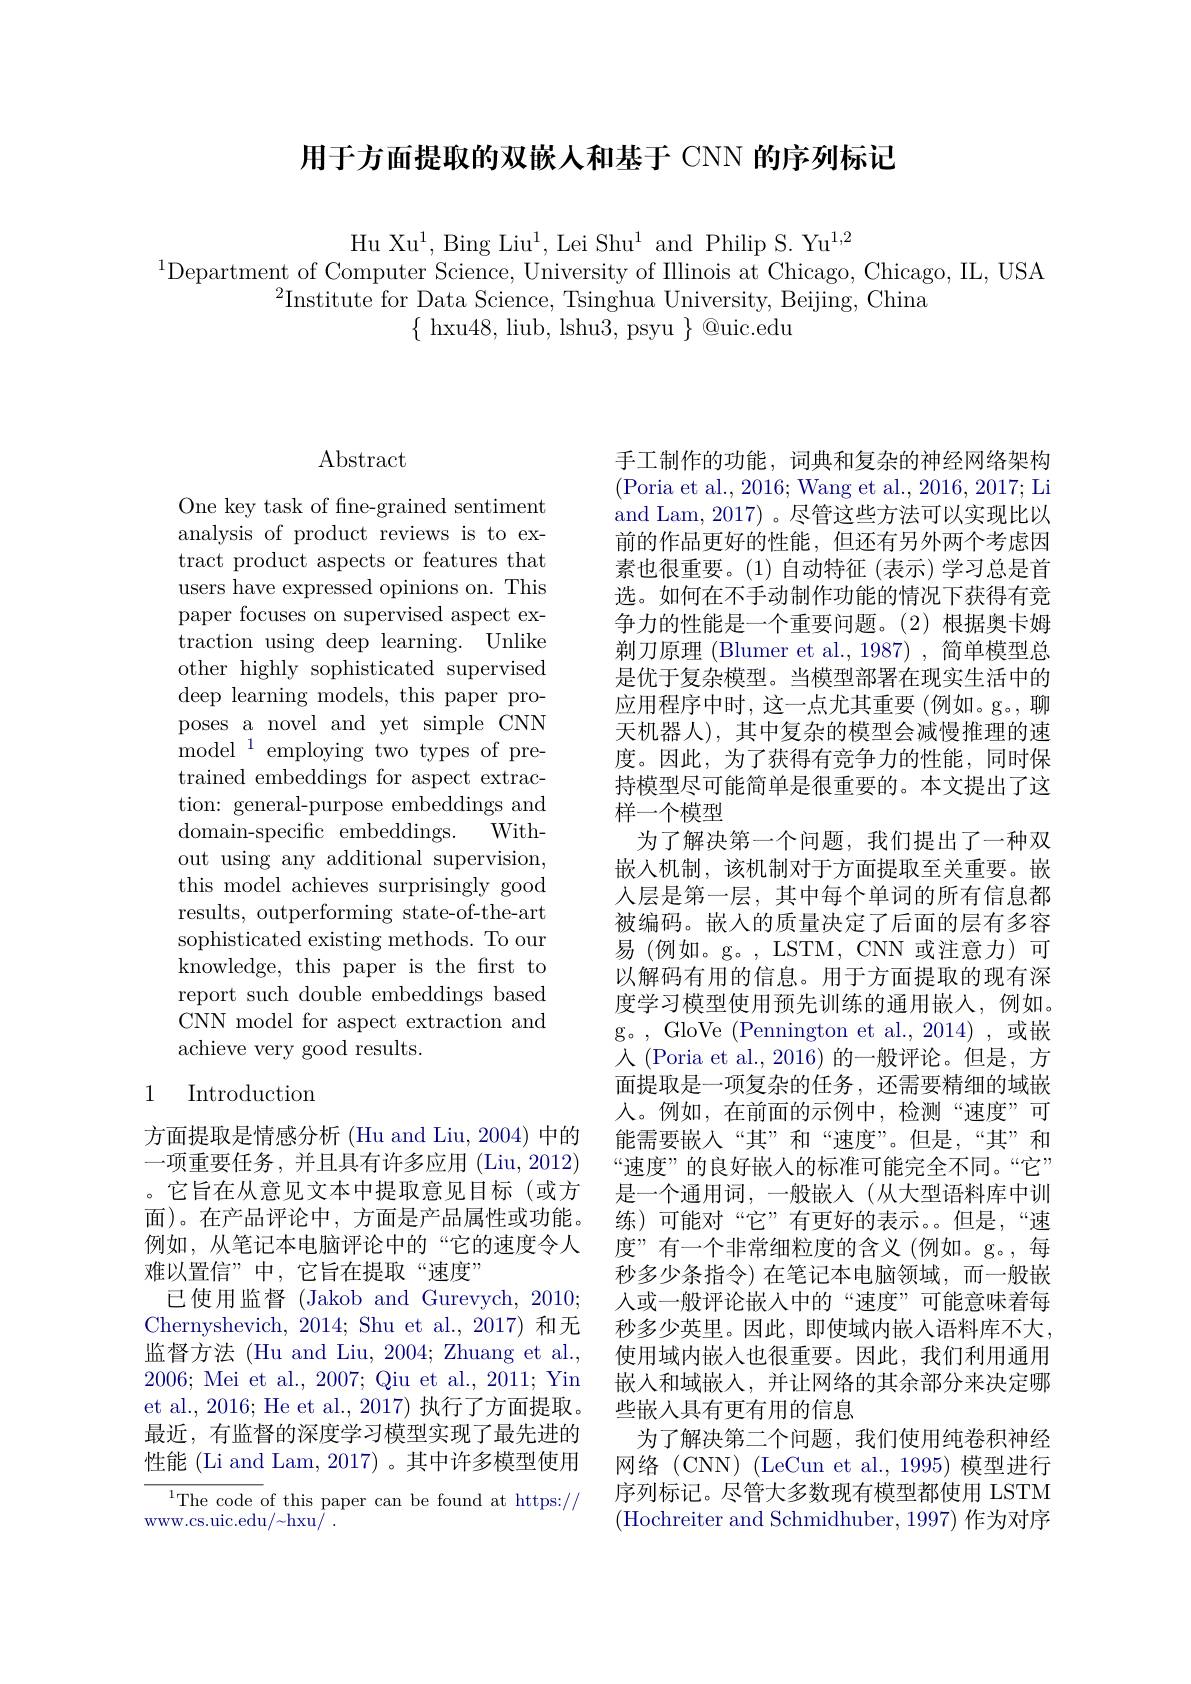
用于方面提取的双嵌人和基于 CNN 的序列标记

Hu Xu$^1$,Bing Liu$^1$, Lei Shu$^1$ and Philip S. Yu$^1,2$
$^{1}$Department of Computer Science, University of Illinois at Chicago, Chicago, IL, USA
$^{2}$Institute for Data Science, Tsinghua University, Beijing, China
$\{$ hxu48, liub, lshu$\bar{3}$, psyu $\}$ @uic.edu

# Abstract

One key task of fine-grained sentiment analysis of product reviews is to extract product aspects or features that users have expressed opinions on. This paper focuses on supervised aspect extraction using deep learning. Unlike other highly sophisticated supervised deep learning models, this paper proposes a novel and yet simple CNN ${\mathrm{model~}^{1}}{\mathrm{~employing~two~types~of~pre-}}$ trained embeddings for aspect extraction: general-purpose embeddings and domain-specific embeddings.
With-
out using any additional supervision, this model achieves surprisingly good results, outperforming state-of-the-art sophisticated existing methods. To our knowledge, this paper is the frst to report such double embeddings based CNN model for aspect extraction and achieve very good results.

### 1 Introduction

方面提取是情感分析 (Hu and Liu, 2004) 中的一项重要任务，并且具有许多应用(Liu,2012) 。它旨在从意见文本中提取意见目标(或方面)。在产品评论中，方面是产品属性或功能。例如，从笔记本电脑评论中的“它的速度令人难以置信”中，它旨在提取“速度”
已使用监督 (Jakob and Gurevych, 2010; Chernyshevich, 2014; Shu et al.,2017) 和无监督方法 (Hu and Liu, 2004; Zhuang et al., 2006; Mei et al., 2007; Qiu et al., 2011; Yin et al., 2016; He et al., 2017) 执行了方面提取。最近，有监督的深度学习模型实现了最先进的性能 (Li and Lam, 2017) 。其中许多模型使用${}^{1}$The code of this paper can be found at https:// WWW. cs. uic. edu/ ${\sim }$hxu/

手工制作的功能，词典和复杂的神经网络架构(Poria et al., 2016; Wang et al., 2016, 2017; Li and Lam, 2017)。尽管这些方法可以实现比以前的作品更好的性能，但还有另外两个考虑因素也很重要。(1)自动特征 (表示)学习总是首选。如何在不手动制作功能的情况下获得有竞争力的性能是一个重要问题。(2)根据奥卡姆剃刀原理 (Blumer et al., 1987) , 简单模型总是优于复杂模型。当模型部署在现实生活中的应用程序中时，这一点尤其重要(例如。g。,聊天机器人),其中复杂的模型会减慢推理的速度。因此，为了获得有竞争力的性能，同时保持模型尽可能简单是很重要的。本文提出了这样一个模型
为了解决第一个问题，我们提出了一种双嵌入机制，该机制对于方面提取至关重要。嵌人层是第一层，其中每个单词的所有信息都被编码。嵌人的质量决定了后面的层有多容易(例如。g。,LSTM,CNN或注意力)可以解码有用的信息。用于方面提取的现有深度学习模型使用预先训练的通用嵌入，例如。g。, GloVe (Pennington et al.,2014),或嵌人 (Poria et al., 2016) 的一般评论。但是，方面提取是一项复杂的任务，还需要精细的域嵌人。例如，在前面的示例中，检测“速度”可能需要嵌入“其”和“速度”。但是，“其”和“速度””的良好嵌人的标准可能完全不同。“它” 是一个通用词，一般嵌人(从大型语料库中训练)可能对“它”有更好的表示。但是，“速度”有一个非常细粒度的含义(例如。g。,每秒多少条指令)在笔记本电脑领域，而一般嵌人或一般评论嵌入中的“速度”可能意味着每秒多少英里。因此，即使域内嵌入语料库不大使用域内嵌人也很重要。因此，我们利用通用嵌入和域嵌人，并让网络的其余部分来决定哪些嵌入具有更有用的信息
为了解决第二个问题，我们使用纯卷积神经网络(CNN) (LeCun et al., 1995) 模型进行序列标记。尽管大多数现有模型都使用 LSTM (Hochreiter and Schmidhuber, 1997) 作为对序